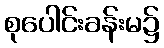
စုပေါင်းခန်းမ၌